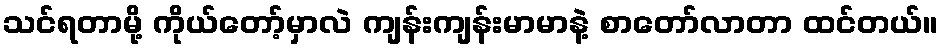
သင်ရတာမို့ ကိုယ်တော့်မှာလဲ ကျန်းကျန်းမာမာနဲ့ စာတော်လာတာ ထင်တယ်။